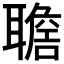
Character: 𦗯